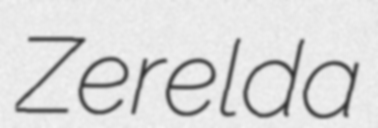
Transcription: Zerelda